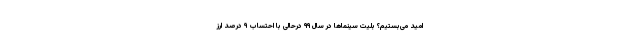
امید می‌بستیم؟ بلیت سینماها در سال ۹۹ درحالی با احتساب ۹ درصد ارز